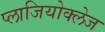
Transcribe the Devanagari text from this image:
प्लाजियोक्लेज